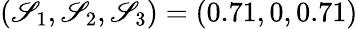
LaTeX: (\mathscr{S}_{1},\mathscr{S}_{2},\mathscr{S}_{3})=(0.71,0,0.71)